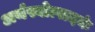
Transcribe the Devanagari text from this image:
अर्थस्योत्पादकं